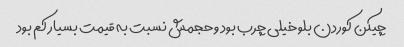
چیکن کوردن بلو خیلی چرب بود و حجمش نسبت به قیمت بسیار کم بود